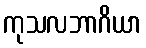
ကုသလဘာဂိယာ